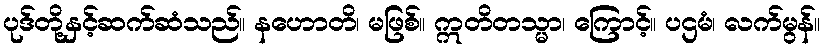
ပုဒ်တို့နှင့်ဆက်ဆံသည်။ နဟောတိ၊ မဖြစ်။ ဣတိတသ္မာ၊ ကြောင့်။ ပဌမံ၊ လက်မွန်။